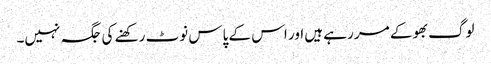
لوگ بھوکے مر رہے ہیں اور اس کے پاس نوٹ رکھنے کی جگہ نہیں۔